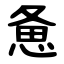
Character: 惫